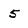
Character: 5